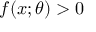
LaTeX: f ( x ; \theta ) > 0